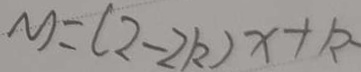
x = ( 2 - 2 k ) x + k